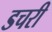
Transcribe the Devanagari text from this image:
डचरी